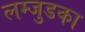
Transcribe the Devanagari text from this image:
लम्जुडका